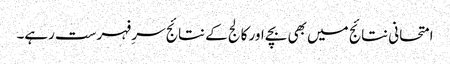
امتحانی نتائج میں بھی بچے اور کالج کے نتائج سرِ فہرست رہے۔